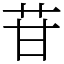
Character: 苷